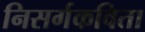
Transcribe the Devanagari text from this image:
निसर्गकविता